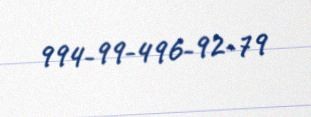
994-99-496-92-79